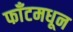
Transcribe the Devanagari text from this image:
फाँटमधून